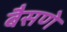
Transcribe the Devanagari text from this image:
बैसणे